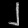
Digit: ၂